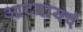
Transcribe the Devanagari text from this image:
आटवायचे